画像に写った文字を読んでください
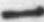
「一」と書いてあります